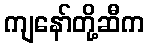
ကျနော်တို့ဆီက